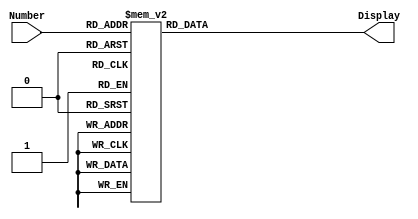
module SegmentDriver( Display, Number);

output[6:0] Display;
input[3:0] Number;
reg[6:0] Display;

always
case( Number )

	0: Display = 7'b1000000;
	1: Display = 7'b1111001;
	2: Display = 7'b0100100;
	3: Display = 7'b0110000;
	4: Display = 7'b0011001;
	5: Display = 7'b0010010;
	6: Display = 7'b0000011;
	7: Display = 7'b1111000;
	8: Display = 7'b0000000;
	9: Display = 7'b0011000;
	
	default: Display = 7'b0000110;
	
endcase

endmodule